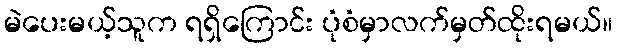
မဲပေးမယ့်သူက ရရှိကြောင်း ပုံစံမှာလက်မှတ်ထိုးရမယ်။